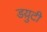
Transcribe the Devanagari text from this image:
डय़ुटी